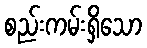
စည်းကမ်းရှိသော